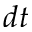
d t